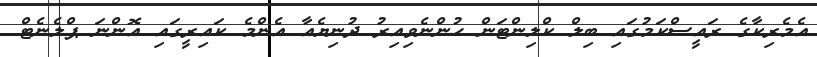
އެމެރިކާގެ ރައީސްކަމުގައި ބިލް ކްލިންޓަން ހުންނެވިއިރު ދުނިޔެއާ އެންމެ ކައިރީގައި އޮންނަ ޕްލެނެޓް